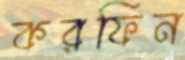
করফিন